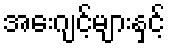
အေးဂျင့်များနှင့်